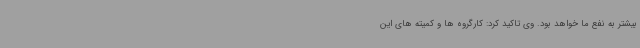
بیشتر به نفع ما خواهد بود. وی تاکید کرد: کارگروه ها و کمیته های این